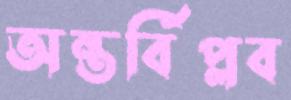
অন্তর্বিপ্লব